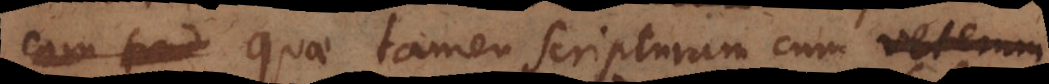
cum trad quae tamen Scripturam cum veterum